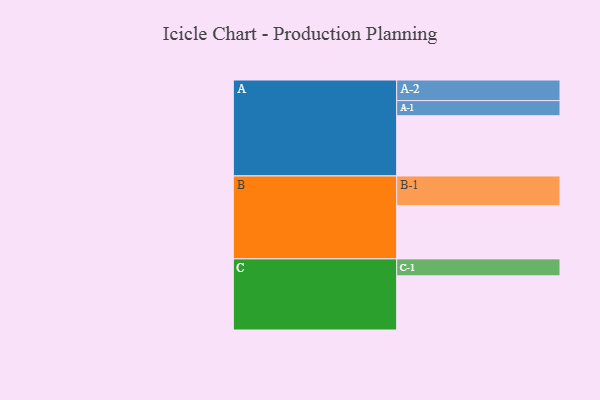
{"axis": {"x": "Segment", "y": "Value"}, "legend": ["", "A", "B", "C"], "data": [{"x": "A", "y": 596, "type": ""}, {"x": "B", "y": 526, "type": ""}, {"x": "C", "y": 536, "type": ""}, {"x": "A-1", "y": 150, "type": "A"}, {"x": "A-2", "y": 204, "type": "A"}, {"x": "B-1", "y": 295, "type": "B"}, {"x": "C-1", "y": 168, "type": "C"}]}